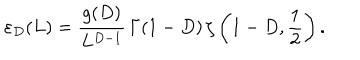
LaTeX: \varepsilon _ { D } ( L ) = \frac { g ( D ) } { L ^ { D - 1 } } \, \Gamma ( 1 - D ) \, \zeta \left( 1 - D , \frac 1 { 2 } \right) .